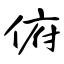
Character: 俯